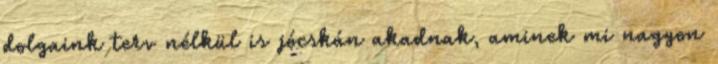
dolgaink terv nélkül is jócskán akadnak, aminek mi nagyon